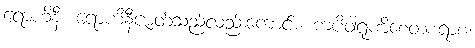
ရောဟိနီ၊ ရောဟိနီဇာတ်သည်လည်းကောင်း။ ကပိဝါရုဏိစေတစရာစ၊